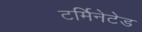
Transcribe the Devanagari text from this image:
टर्मिनेटेड